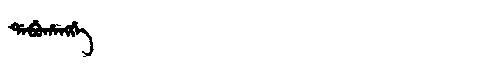
Manchu: ᡩᠠᠪᡠᡥᠠᠩᡤᡝ
Romanization: DABUHANGGE